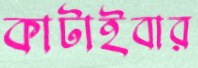
কাটাইবার